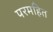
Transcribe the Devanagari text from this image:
परमहित